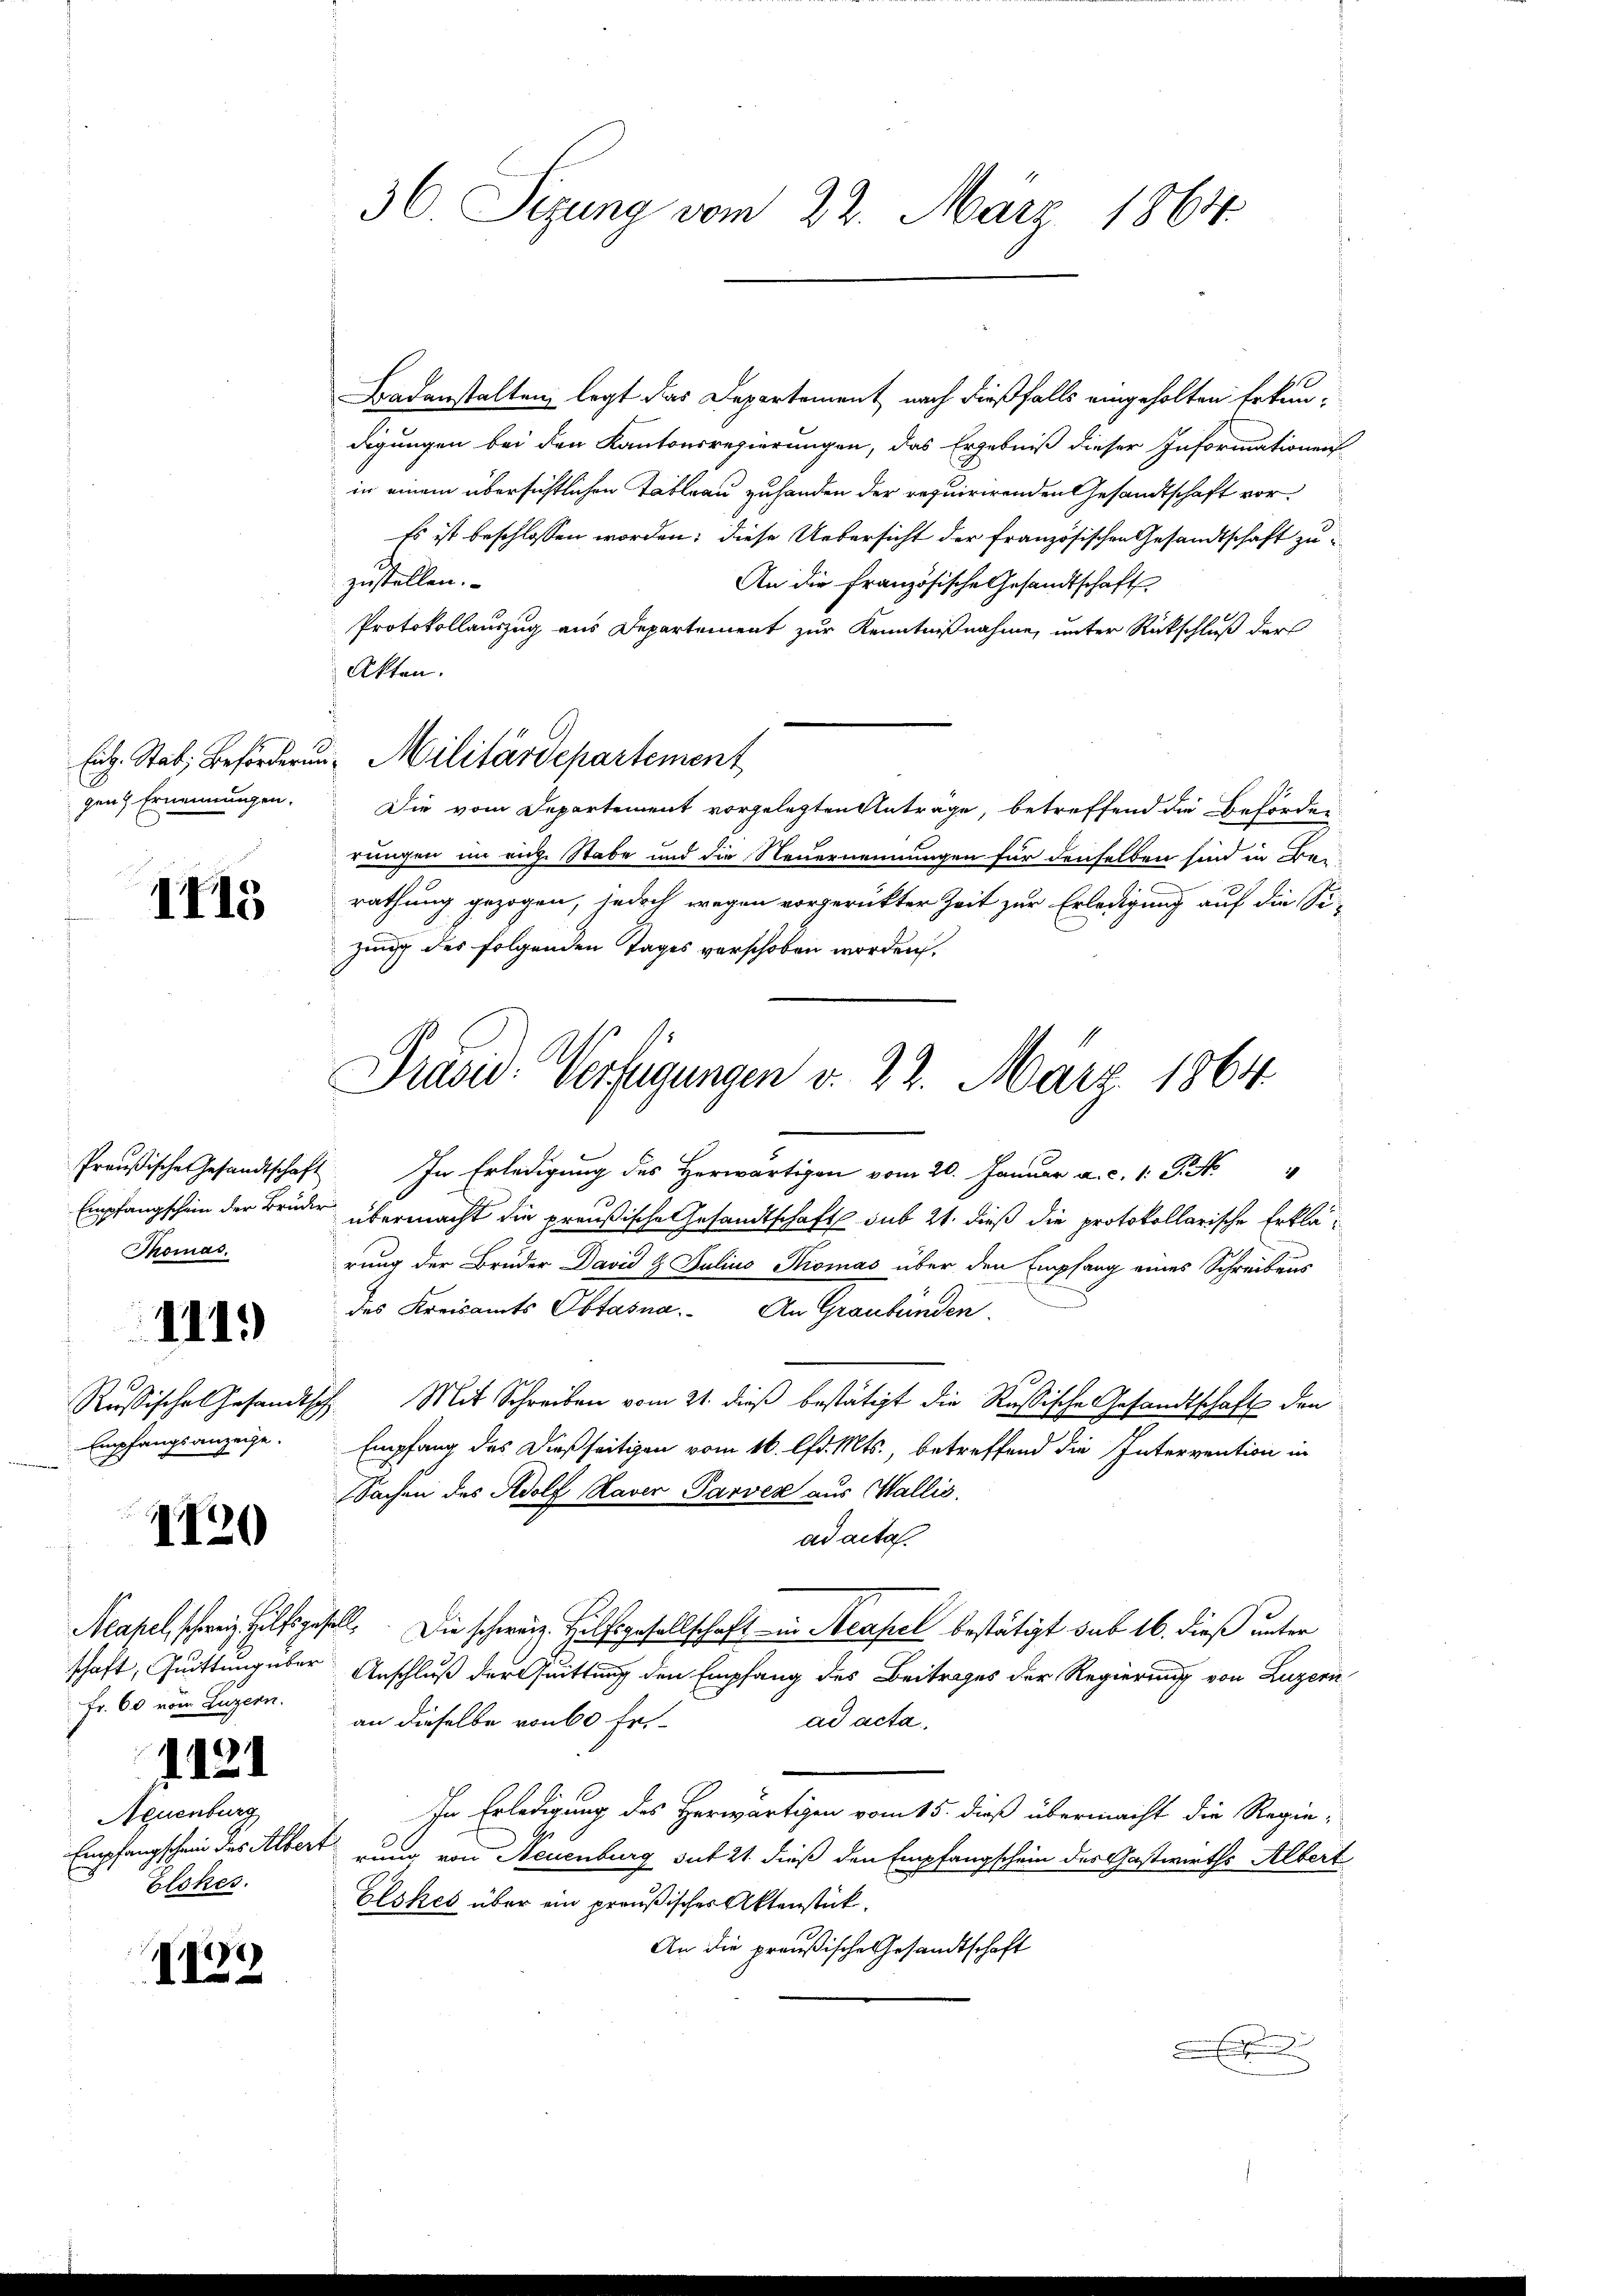
1115

Thomas.

111.

Empfangsanzeige.

1720

schaft, Quittung über
Fr. 60 vom Luzern.
1121
Neuenburg
Elokes.

8)
I

36. Sizung vom 22. März 1864.

Badanstalten, legt das Departement nach dießfalls eingeholten Erkundigungen bei den Kantonsregierungen, das Ergebniß dieser Informationen
in einem übersichtlichen Tableau zuhanden der requirirenden Gesandtschaft vor¬
Es ist beschlossen worden; diese Uebersicht der französischen Gesandtschaft zuzustellen.
An die französische Gesandtschaft,
Protokollauszug aus Departement zur Kenntnißnahme, unter Rückschluß der
Akten.
gen Ernennungen. Die vom Departement vorgelegten Anträge, betreffend die Behörder
rungen im eige Stabe und die Neuernennungen für denselben sind in Bei-
rathung gezogen, jedoch wegen vorgerükter Zeit zur Erledigung auf die Sizung des folgenden Tages verschoben worden.
frische Gesandtschaft. In Erledigung des Herwärtigen vom 20. Januar a. c. 1 Pkt. "
Empfangschein der Brüder übermacht die preußische Gesandtschaft sub 21. dieß die protokollarische Erklärung der Brüder David 2. Julius Komas über den Empfang eines Schreibens
des Kreisamts Obtasna. An Graubünden.
Russische Gesandtsch. Mit Schreiben vom 21. dieß bestätigt die Rußische Gesandtschaft den
Empfang des dießseitigen vom 16. lfd. Mts., betreffend die Intervention in
Sachen des Adolf Haver Parven aus Wallis.
ad acta.
Mapel schweiz Hilfsgesell. Die schweiz. Hülfsgesellschaft in Neapel bestätigt sub 16. dieß unter
Anschluß der Quittung den Empfang des Beitrages der Regierung von Luzern
an dieselbe von 60 Fr.
ad acta.
In Erledigung des Herwärtigen vom 15. dieß übermacht die Regie-
Empfangschein des Albert zung von Neuenburg sut 21. dieß den Empfangschein des Gastwirths Albert
Elskes über ein preußisches Aktenstück.
An die preußische Gesandtschaft

Eid. Stat; Beförderŭng Militärdepartement

Präsid. Verfügungen d. 22. März 1864.